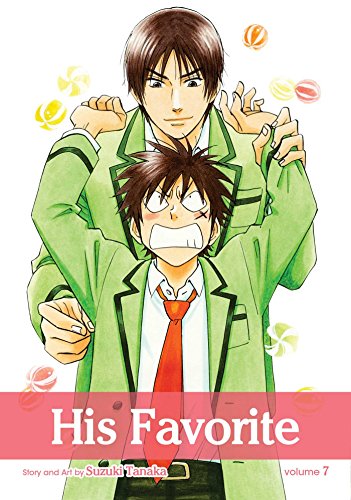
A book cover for His Favorite, Vol. 7; Suzuki Tanaka; Comics & Graphic Novels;